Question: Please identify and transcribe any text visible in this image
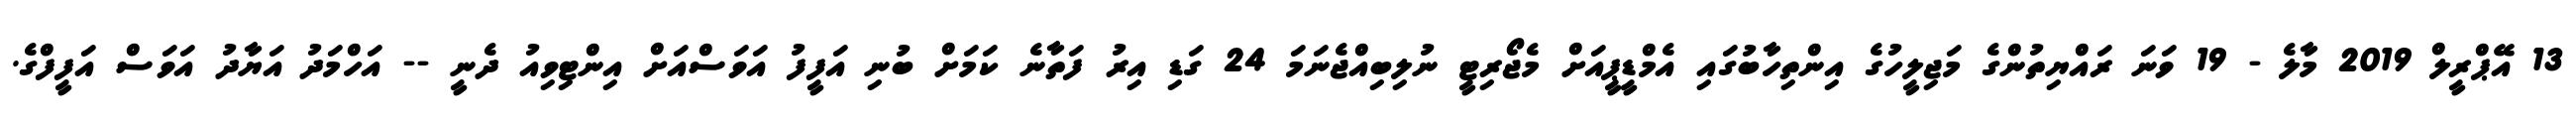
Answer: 13 އޭޕްރީލް 2019 މާލެ - 19 ވަނަ ރައްޔިތުންގެ މަޖިލީހުގެ އިންތިހާބުގައި އެމްޑީޕީއަށް މެޖޯރިޓީ ނުލިބިއްޖެނަމަ 24 ގަޑި އިރު ފަތާނެ ކަމަށް ބުނި އަފީފު އަވަސްއަށް އިންޓިވިއު ދެނީ -- އަހްމަދު އަޔާދު އަވަސް އަފީފްގެ.